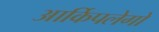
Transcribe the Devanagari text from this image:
आर्किपलेगो